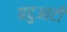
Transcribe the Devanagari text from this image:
ग्रदुआटीं